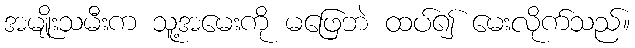
အမျိုးသမီးက သူ့အမေးကို မဖြေဘဲ ထပ်၍ မေးလိုက်သည်။